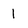
Character: 1